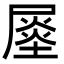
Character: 𡳈